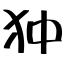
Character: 狆